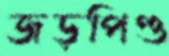
জড়পিণ্ড